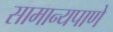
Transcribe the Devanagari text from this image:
सामान्यपाणे